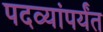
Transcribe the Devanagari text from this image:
पदव्यांपर्यंत